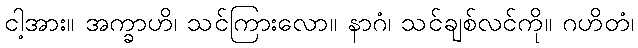
ငါ့အား။ အက္ခာဟိ၊ သင်ကြားလော။ နာဂံ၊ သင်ချစ်လင်ကို။ ဂဟိတံ၊